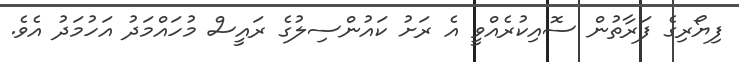
ފިޔޯރިގެ ފަރާތުން ސޮއިކުރެއްވީ އެ ރަށު ކައުންސިލުގެ ރައީސް މުހައްމަދު އަހުމަދު އެވެ.